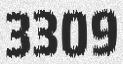
3309